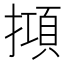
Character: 𢴦